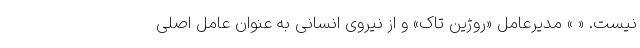
نیست. « » مدیرعامل «روژین تاک» و از نیروی انسانی به عنوان عامل اصلی